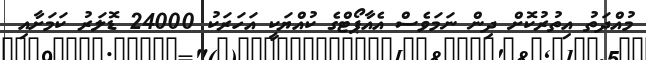
މުއްދަތު އިތުރުކޮށް ދިން ނަމަވެސް އެއާޕޯޓްގެ ކުއްޔަކީ އަހަރަކު 24000 ޑޮލަރު ކަމަށާއި